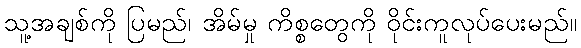
သူ့အချစ်ကို ပြမည်၊ အိမ်မှု ကိစ္စတွေကို ဝိုင်းကူလုပ်ပေးမည်။